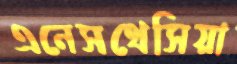
এনেসথেসিয়া